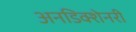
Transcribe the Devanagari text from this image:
अनडिक्शेनरी